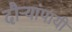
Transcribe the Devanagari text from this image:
दौऱ्यांपायी